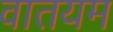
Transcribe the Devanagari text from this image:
वातयम